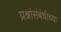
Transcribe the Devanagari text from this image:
प्रश्नांसंबंधीच्या